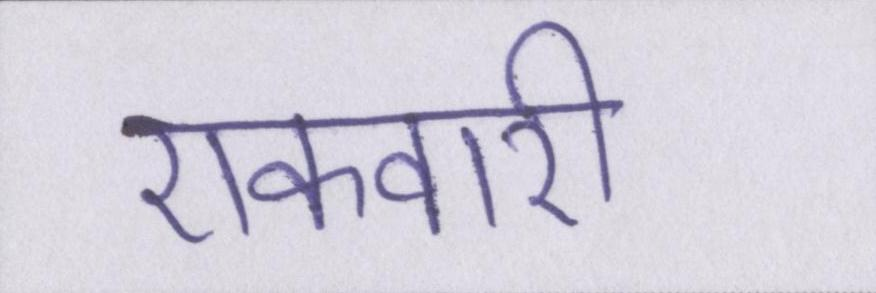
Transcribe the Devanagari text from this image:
एकवारी